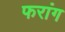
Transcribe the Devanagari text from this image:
फरांग